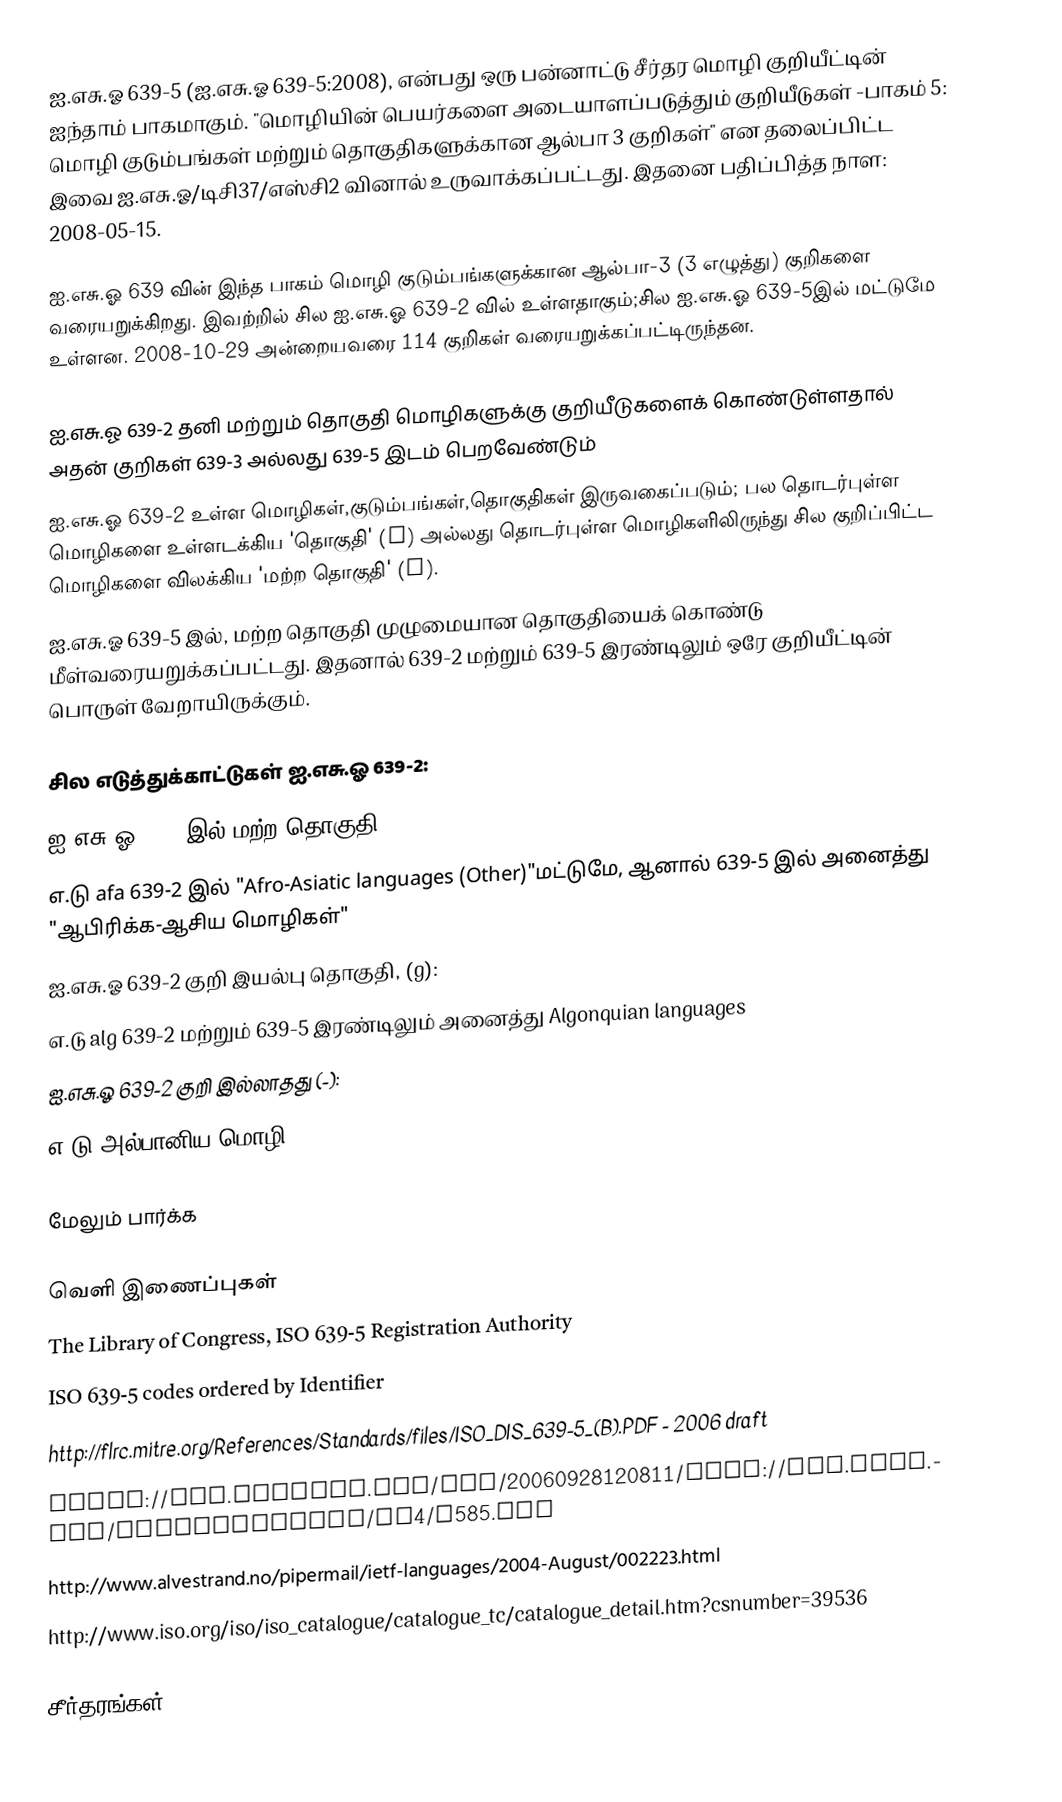
ஐ.எசு.ஓ 639-5 (ஐ.எசு.ஓ 639-5:2008), என்பது ஒரு பன்னாட்டு சீர்தர மொழி குறியீட்டின் ஐந்தாம் பாகமாகும். "மொழியின் பெயர்களை அடையாளப்படுத்தும் குறியீடுகள் -பாகம் 5: மொழி குடும்பங்கள் மற்றும் தொகுதிகளுக்கான ஆல்பா 3 குறிகள்" என தலைப்பிட்ட இவை ஐ.எசு.ஓ/டிசி37/எஸ்சி2 வினால் உருவாக்கப்பட்டது. இதனை பதிப்பித்த நாள: 2008-05-15.

ஐ.எசு.ஓ 639 வின் இந்த பாகம் மொழி குடும்பங்களுக்கான ஆல்பா-3 (3 எழுத்து) குறிகளை வரையறுக்கிறது. இவற்றில் சில ஐ.எசு.ஓ 639-2 வில் உள்ளதாகும்;சில ஐ.எசு.ஓ 639-5இல் மட்டுமே உள்ளன. 2008-10-29 அன்றையவரை 114 குறிகள் வரையறுக்கப்பட்டிருந்தன.

ஐ.எசு.ஓ 639-2 தனி மற்றும் தொகுதி மொழிகளுக்கு குறியீடுகளைக் கொண்டுள்ளதால் அதன் குறிகள் 639-3 அல்லது 639-5 இடம் பெறவேண்டும்
ஐ.எசு.ஓ 639-2 உள்ள மொழிகள்,குடும்பங்கள்,தொகுதிகள் இருவகைப்படும்; பல தொடர்புள்ள மொழிகளை உள்ளடக்கிய 'தொகுதி' (g) அல்லது தொடர்புள்ள மொழிகளிலிருந்து சில குறிப்பிட்ட மொழிகளை விலக்கிய 'மற்ற தொகுதி' (r).
ஐ.எசு.ஓ 639-5 இல், மற்ற தொகுதி முழுமையான தொகுதியைக் கொண்டு மீள்வரையறுக்கப்பட்டது. இதனால் 639-2 மற்றும் 639-5 இரண்டிலும் ஒரே குறியீட்டின் பொருள் வேறாயிருக்கும்.

சில எடுத்துக்காட்டுகள் ஐ.எசு.ஓ 639-2:
 ஐ.எசு.ஓ 639-2இல் மற்ற தொகுதி (r):
 எ.டு afa 639-2 இல் "Afro-Asiatic languages (Other)"மட்டுமே, ஆனால் 639-5 இல் அனைத்து "ஆபிரிக்க-ஆசிய மொழிகள்"
 ஐ.எசு.ஓ 639-2 குறி இயல்பு தொகுதி, (g):
 எ.டு alg 639-2 மற்றும் 639-5 இரண்டிலும் அனைத்து Algonquian languages
 ஐ.எசு.ஓ 639-2 குறி இல்லாதது (-):
 எ.டு அல்பானிய மொழி - sqj

மேலும் பார்க்க

வெளி இணைப்புகள்
The Library of Congress, ISO 639-5 Registration Authority
ISO 639-5 codes ordered by Identifier
http://flrc.mitre.org/References/Standards/files/ISO_DIS_639-5_(B).PDF - 2006 draft
https://web.archive.org/web/20060928120811/http://www.niso.org/international/SC4/N585.pdf
http://www.alvestrand.no/pipermail/ietf-languages/2004-August/002223.html
http://www.iso.org/iso/iso_catalogue/catalogue_tc/catalogue_detail.htm?csnumber=39536

சீர்தரங்கள்